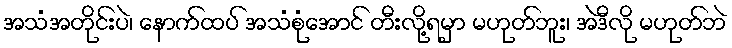
အသံအတိုင်းပဲ၊ နောက်ထပ် အသံစုံအောင် တီးလို့ရမှာ မဟုတ်ဘူး၊ အဲဒီလို မဟုတ်ဘဲ